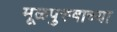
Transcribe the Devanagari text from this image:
मूळपुरुषाच्या